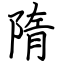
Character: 隋